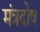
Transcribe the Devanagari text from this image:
मंत्रदोष